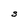
Character: S